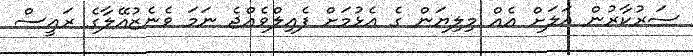
ސަރުކާރުން އަލަށް އެއް މިލިޔަން ގެ އެޅުމަށް ފެއިލްވެއްޖެ ނަމަ ވެނެޒުއޭލާގެ ރައީސް